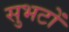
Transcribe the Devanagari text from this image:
सुभटों